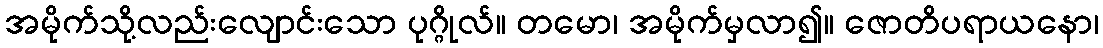
အမိုက်သို့လည်းလျောင်းသော ပုဂ္ဂိုလ်။ တမော၊ အမိုက်မှလာ၍။ ဇောတိပရာယနော၊